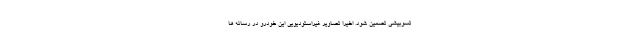
تسوبیشی تضمین شود. اخیرا تصاویر غیراستودیویی این خودرو در رسانه ها